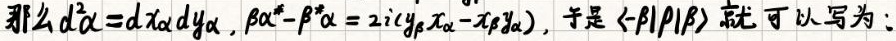
那么$d^{2}\alpha = d\alpha_x d\alpha_y$, $\beta\alpha^* - \beta^*\alpha = 2i(y_\beta x_\alpha - x_\beta y_\alpha)$, 于是$\langle\beta|\rho|\beta\rangle$就可以写为: